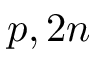
p , 2 n